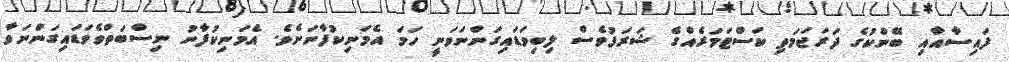
ފައިސާއާއި ބޭންކުގެ ދަރަޖަމަތި ކަސްޓަމަރެއްގެ ޝަރަފުވެސް ލިބިވަޑައިގަންނަވަނީ ހަމަ އެމަނިކުފާނަށެވެ. އެމަނިކުފާނު ނިސްބަތްވެވަޑައިގަންނަވާ